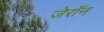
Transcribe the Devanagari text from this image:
जेरॉन